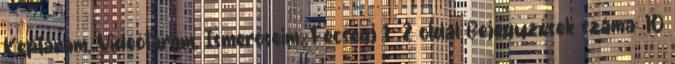
Képtáram, Videótáram, Ismerőseim, Fecsegj 1 2 oldal Bejegyzések száma: 10